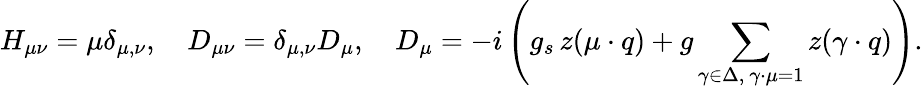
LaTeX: H_{\mu\nu}=\mu\delta_{\mu,\nu},\quad D_{\mu\nu}=\delta_{\mu,\nu}D_{\mu},\quad D_{\mu}=-i\left(g_{s}\, z(\mu\cdot q)+g\sum_{\gamma\in\Delta,\ \gamma\cdot\mu=1}z(\gamma\cdot q)\right).